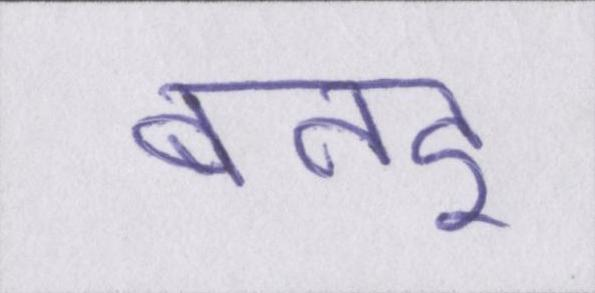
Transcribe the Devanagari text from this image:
बनइ